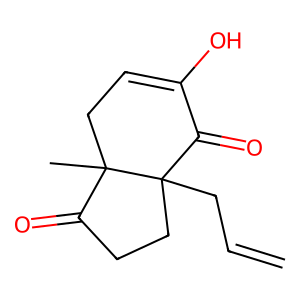
SMILES: C=CCC12CCC(=O)C1(C)CC=C(O)C2=O
Inhibits HIV replication: No